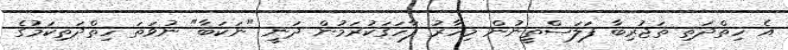
އެ ހިތްދަތި ތަޖުރިބާ ފަލަސްތީނުން މިހާރު ފާހަގަކުރަމުން ދަނީ "ނަކަބާ" ނުވަތަ ހިތްދަތިކަމުގެ